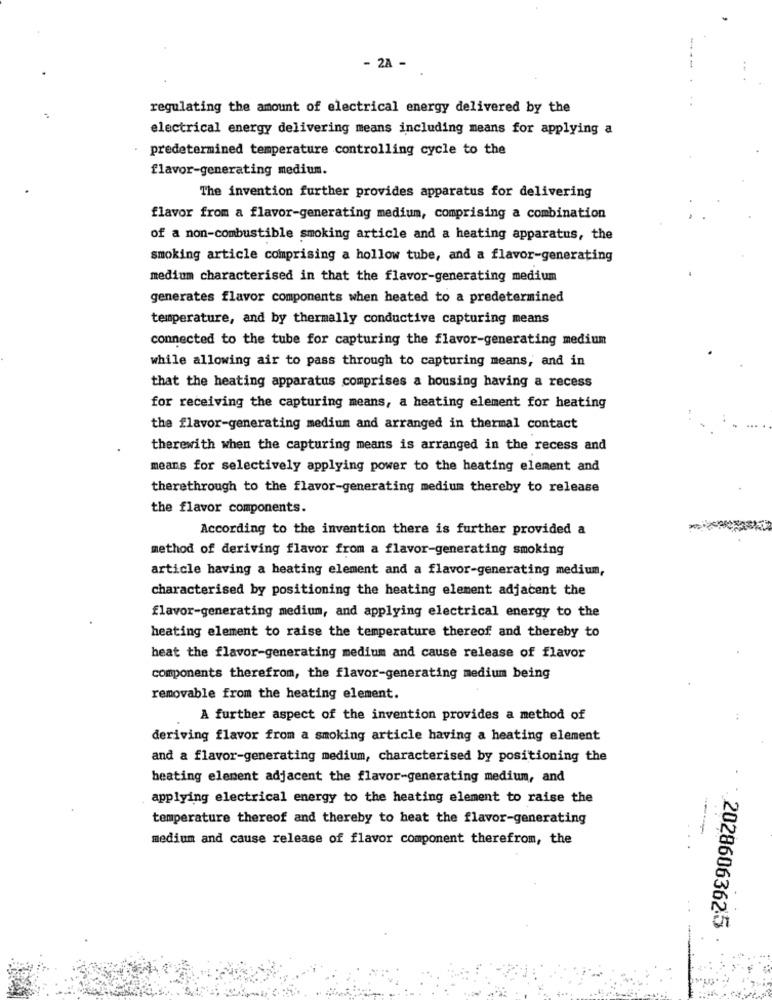
- 2A -
regulating the amount of electrical energy delivered by the
electrical energy delivering means including means for applying a
predetermined temperature controlling cycle to the
flavor-generating medium.
The invention further provides apparatus for delivering
flavor from a flavor-generating medium, comprising a combination
of a non-combustible smoking article and a heating apparatus, the
smoking article comprising a hollow tube, and a flavor-generating
medium characterised in that the flavor-generating medium
generates flavor components when heated to a predetermined
temperature, and by thermally conductive capturing means
connected to the tube for capturing the flavor-generating medium
while allowing air to pass through to capturing means, and in
that the heating apparatus comprises a housing having a recess
for receiving the capturing means, a heating element for heating
the flavor-generating medium and arranged in thermal contact
therewith when the capturing means is arranged in the recess and
means for selectively applying power to the heating element and
therethrough to the flavor-generating medium thereby to release
the flavor components.
According to the invention there is further provided a
method of deriving flavor from a flavor-generating smoking
article having a heating element and a flavor-generating medium,
characterised by positioning the heating element adjacent the
flavor-generating medium, and applying electrical energy to the
heating element to raise the temperature thereof and thereby to
heat the flavor-generating medium and cause release of flavor
components therefrom, the flavor-generating medium being
removable from the heating element.
A further aspect of the invention provides a method of
..
deriving flavor from a smoking article having a heating element
and a flavor-generating medium, characterised by positioning the
heating element adjacent the flavor-generating medium, and
applying electrical energy to the heating element to raise the
-
temperature thereof and thereby to heat the flavor-generating
medium and cause release of flavor component therefrom, the
· 20286063625